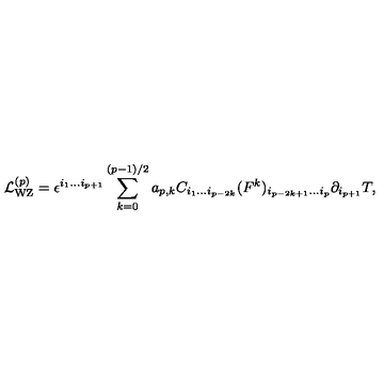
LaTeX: { \cal L } _ { \mathrm { W Z } } ^ { ( p ) } = \epsilon ^ { i _ { 1 } \ldots i _ { p + 1 } } \sum _ { k = 0 } ^ { ( p - 1 ) / 2 } a _ { p , k } C _ { i _ { 1 } \ldots i _ { p - 2 k } } ( F ^ { k } ) _ { i _ { p - 2 k + 1 } \ldots i _ { p } } \partial _ { i _ { p + 1 } } T ,